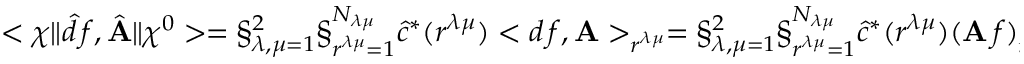
< \chi \| \hat { d } \, f , \hat { \bf A } \| \chi ^ { 0 } > = \S _ { \lambda , \mu = 1 } ^ { 2 } \S _ { r ^ { \lambda \mu } = 1 } ^ { N _ { \lambda \mu } } \hat { c } ^ { * } ( r ^ { \lambda \mu } ) < d \, f , { \bf A } > _ { r ^ { \lambda \mu } } = \S _ { \lambda , \mu = 1 } ^ { 2 } \S _ { r ^ { \lambda \mu } = 1 } ^ { N _ { \lambda \mu } } \hat { c } ^ { * } ( r ^ { \lambda \mu } ) ( { \bf A } \, f ) _ { r ^ { \lambda \mu } } .